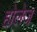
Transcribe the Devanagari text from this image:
होलेज